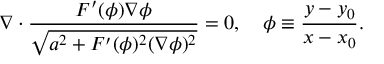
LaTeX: \nabla \cdot \frac { F ^ { \prime } ( \phi ) \nabla \phi } { \sqrt { a ^ { 2 } + F ^ { \prime } ( \phi ) ^ { 2 } ( \nabla \phi ) ^ { 2 } } } = 0 , ~ ~ ~ \phi \equiv \frac { y - y _ { 0 } } { x - x _ { 0 } } .